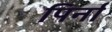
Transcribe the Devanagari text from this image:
पिर्ना